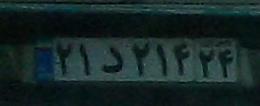
۲۱د۲۱۴۲۴